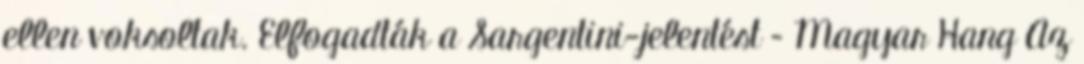
ellen voksoltak. Elfogadták a Sargentini-jelentést – Magyar Hang Az